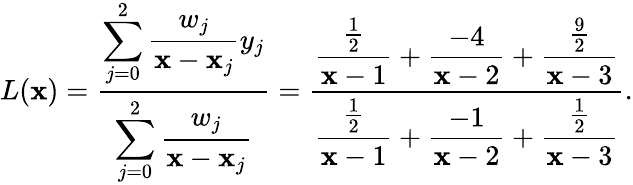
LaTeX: L(\mathbf{x})={\frac{{\displaystyle\sum_{j=0}^{2}{\frac{{w_{j}}}{{\mathbf{x}-\mathbf{x}_{j}}}}y_{j}}}{{\displaystyle\sum_{j=0}^{2}{\frac{{w_{j}}}{{\mathbf{x}-\mathbf{x}_{j}}}}}}}={\frac{{\displaystyle{\frac{{\frac{{1}}{{2}}}}{{\mathbf{x}-1}}}+{\frac{{-4}}{{\mathbf{x}-2}}}+{\frac{{\frac{{9}}{{2}}}}{{\mathbf{x}-3}}}}}{{\displaystyle{\frac{{\frac{{1}}{{2}}}}{{\mathbf{x}-1}}}+{\frac{{-1}}{{\mathbf{x}-2}}}+{\frac{{\frac{{1}}{{2}}}}{{\mathbf{x}-3}}}}}}.